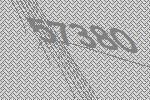
57380